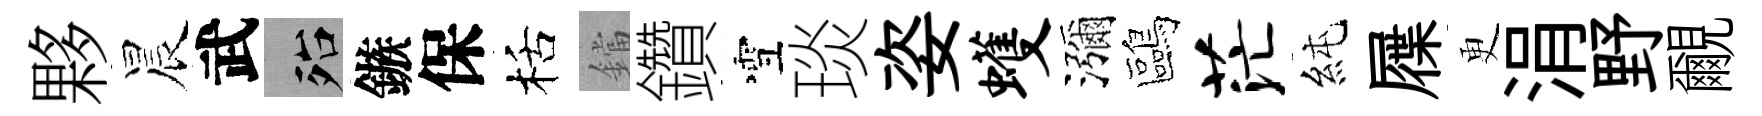
夥晨武殆鏃保栝鐺鑽雪琰姿蠖瀰鷗茫純屧更涓野覼